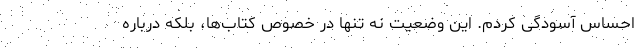
احساس آسودگی کردم. این وضعیت نه تنها در خصوص کتاب‌ها، بلکه درباره